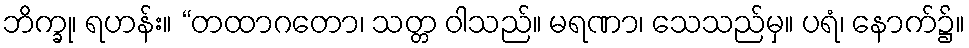
ဘိက္ခု၊ ရဟန်း။ “တထာဂတော၊ သတ္တ ဝါသည်။ မရဏာ၊ သေသည်မှ။ ပရံ၊ နောက်၌။